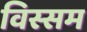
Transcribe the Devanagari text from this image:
विस्सम